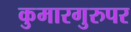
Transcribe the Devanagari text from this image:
कुमारगुरुपर